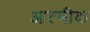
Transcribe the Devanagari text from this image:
आत्मीक